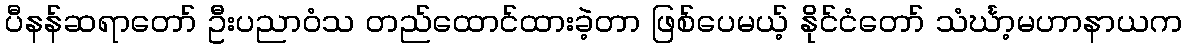
ပီနန်ဆရာတော် ဦးပညာဝံသ တည်ထောင်ထားခဲ့တာ ဖြစ်ပေမယ့် နိုင်ငံတော် သံင်္ဃာ့မဟာနာယက